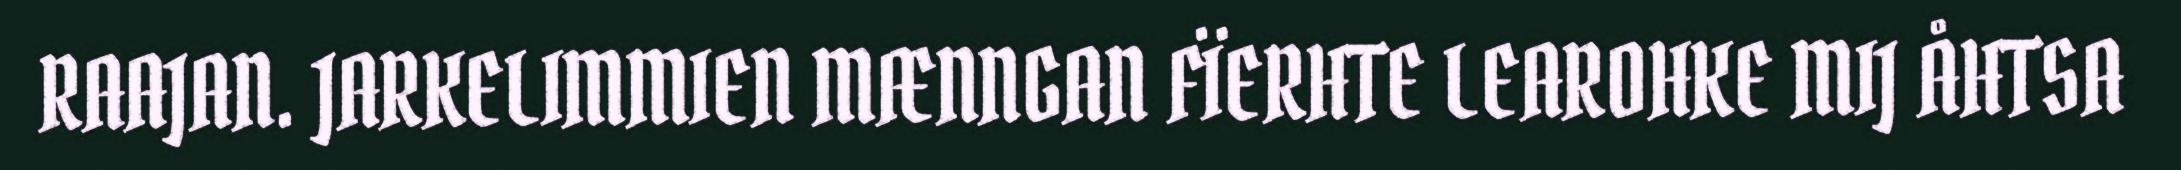
RAAJAN. JARKELIMMIEN MÆNNGAN FÏERHTE LEAROHKE MIJ ÅHTSA